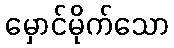
မှောင်မိုက်သော